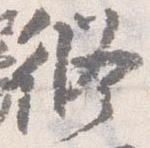
修